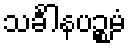
သင်္ခါနပဉ္စမံ